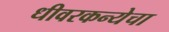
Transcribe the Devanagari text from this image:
धीवरकन्येचा